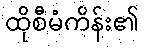
ထိုစီမံကိန်း၏